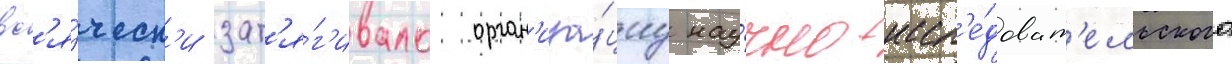
вс'я́ческ'и зат'я́г'ивало орган'иза́циу нау́чно-иссл'е́доват'ельского